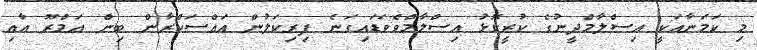
މި ކަމަނާއަކީ އިސްލާމްދީނުގެ ކުރީކޮޅު އިސްލާމްވެވަޑައިގަނެ ފިރިކަލުން އައްސަކްރާން ބިން ޢަމްރޫ އާއި